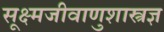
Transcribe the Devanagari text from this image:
सूक्ष्मजीवाणुशास्त्रज्ञ